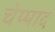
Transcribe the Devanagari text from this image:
चेप्पाद